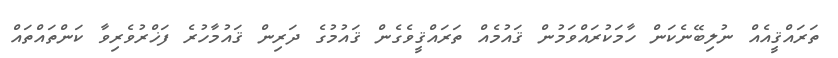
ތަރައްޤީއެއް ނުލިބޭނެކަން ހާމަކުރައްވަމުން ޤައުމެއް ތަރައްޤީވެގެން ޤައުމުގެ ދަރިން ޤައުމާހުރެ ފަޚްރުވެރިވާ ކަންތައްތައް